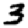
Digit: 3